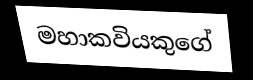
මහාකවියකුගේ